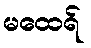
မထေရ်